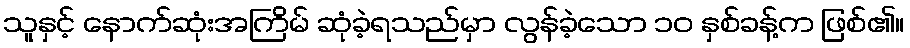
သူနှင့် နောက်ဆုံးအကြိမ် ဆုံခဲ့ရသည်မှာ လွန်ခဲ့သော ၁၀ နှစ်ခန့်က ဖြစ်၏။